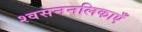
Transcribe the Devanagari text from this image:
श्वसननलिकाएँ